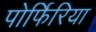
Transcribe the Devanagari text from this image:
पोर्फिरिया